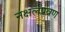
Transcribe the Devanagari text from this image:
नक्षलप्रवण